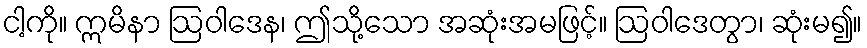
ငါ့ကို။ ဣမိနာ ဩဝါဒေန၊ ဤသို့သော အဆုံးအမဖြင့်။ ဩဝါဒေတွာ၊ ဆုံးမ၍။